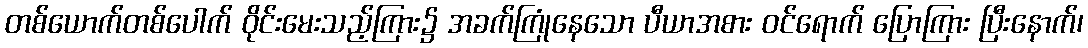
တစ်ယောက်တစ်ပေါက် ဝိုင်းမေးသည့်ကြား၌ အခက်ကြုံနေသော ပီယာအစား ဝင်ရောက် ပြောကြား ပြီးနောက်၊